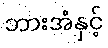
ဘားအံနှင့်